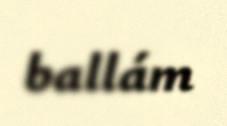
ballám